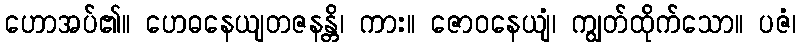
ဟောအပ်၏။ ဟေဓနေယျတဇနန္တိ၊ ကား။ ဇောဝနေယျံ၊ ကျွတ်ထိုက်သော။ ပဇံ၊